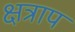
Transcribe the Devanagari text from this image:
क्षत्राप